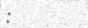
: